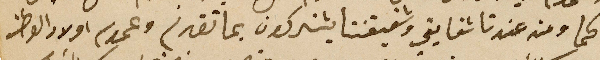
كما ومن عندنا شقايقي وشقيقتنا يشتركون بما تقدم وعموم اولاد الوطن